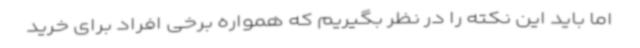
اما باید این نکته را در نظر بگیریم که همواره برخی افراد برای خرید